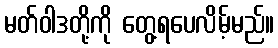
မတ်ဝါဒတို့ကို တွေ့ရပေလိမ့်မည်။